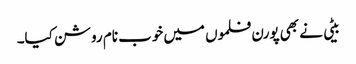
بیٹی نے بھی پورن فلموں میں خوب نام روشن کیا۔